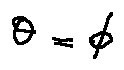
\theta = \phi